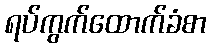
ရပ်ကွက်ထောက်ခံစာ